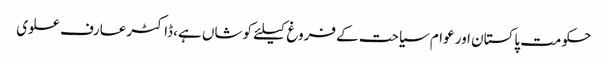
حکومت پاکستان اور عوام سیاحت کے فروغ کیلئے کوشاں ہے، ڈاکٹرعارف علوی